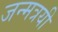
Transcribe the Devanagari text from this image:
जन्मत्रयी